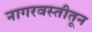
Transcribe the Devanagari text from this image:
नागरवस्तीतून